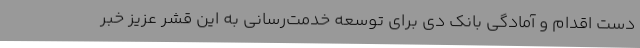
دست اقدام و آمادگی بانک دی برای توسعه خدمت‌رسانی به این قشر عزیز خبر